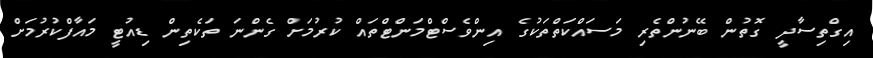
އިގްތިސާދީ ގޮތުން ބޭނުންތެރި މަސައްކަތްތަކުގެ އިންވެސްޓްމަންޓްތައް ކުރުމަށް ގެންނަ ތަކެތިން ޑިއުޓީ މައާފްކުރުމަށް